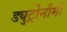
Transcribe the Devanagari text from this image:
ड्युट्रोनौमी